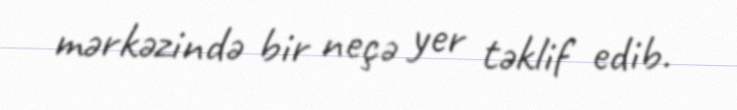
mərkəzində bir neçə yer təklif edib.